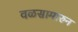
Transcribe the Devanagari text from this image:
वळसामारुन